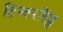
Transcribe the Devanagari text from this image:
टिम्बरलैंड्स